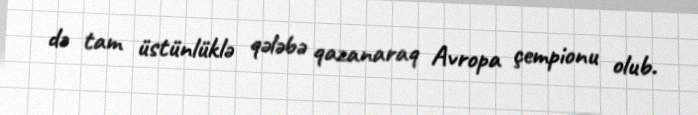
də tam üstünlüklə qələbə qazanaraq Avropa çempionu olub.